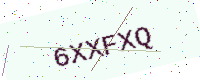
Text: 6XXFXQ